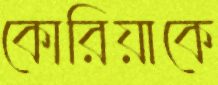
কোরিয়াকে